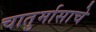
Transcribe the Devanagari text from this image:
चातुर्मासाचे